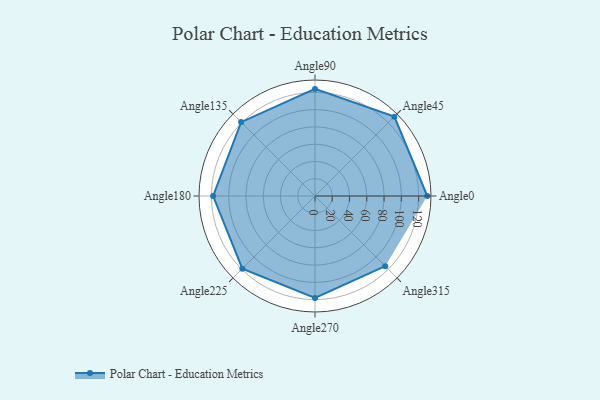
{"axis": {"x": "Angle", "y": "Radius"}, "legend": [""], "data": [{"x": "Angle0", "y": 130.0, "type": ""}, {"x": "Angle45", "y": 130.0, "type": ""}, {"x": "Angle90", "y": 124.0, "type": ""}, {"x": "Angle135", "y": 121.0, "type": ""}, {"x": "Angle180", "y": 118.0, "type": ""}, {"x": "Angle225", "y": 119.0, "type": ""}, {"x": "Angle270", "y": 118.0, "type": ""}, {"x": "Angle315", "y": 115.0, "type": ""}]}